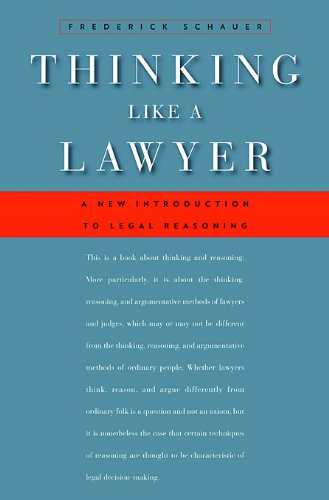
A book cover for Thinking Like a Lawyer: A New Introduction to Legal Reasoning; Frederick Schauer; Law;